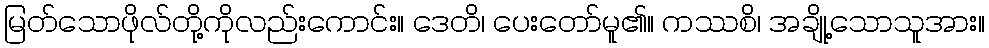
မြတ်သောဖိုလ်တို့ကိုလည်းကောင်း။ ဒေတိ၊ ပေးတော်မူ၏။ ကဿစိ၊ အချို့သောသူအား။